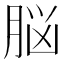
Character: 脳